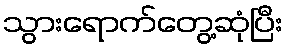
သွားရောက်တွေ့ဆုံပြီး